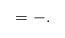
LaTeX: \begin{align*} = - .\end{align*}